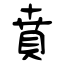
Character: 賁